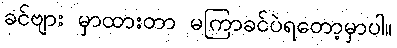
ခင်ဗျား မှာထားတာ မကြာခင်ပဲရတော့မှာပါ။